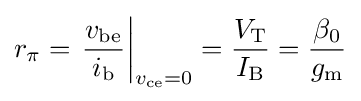
r_{\pi }=\left.{\frac {v_{\text{be}}}{i_{\text{b}}}}\right\vert _{v_{\text{ce}}=0}={\frac {V_{\text{T}}}{I_{\text{B}}}}={\frac {\beta _{0}}{g_{\text{m}}}}